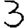
Digit: 3